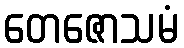
တေဇောသမံ